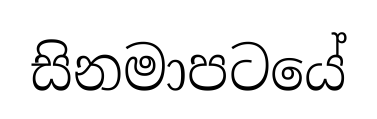
සිනමාපටයේ